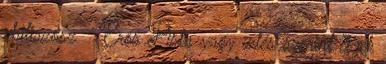
chiliszósz Erős Pista vagy ízlés szerint 3 ek